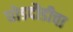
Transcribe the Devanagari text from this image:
घोडदौडीचा